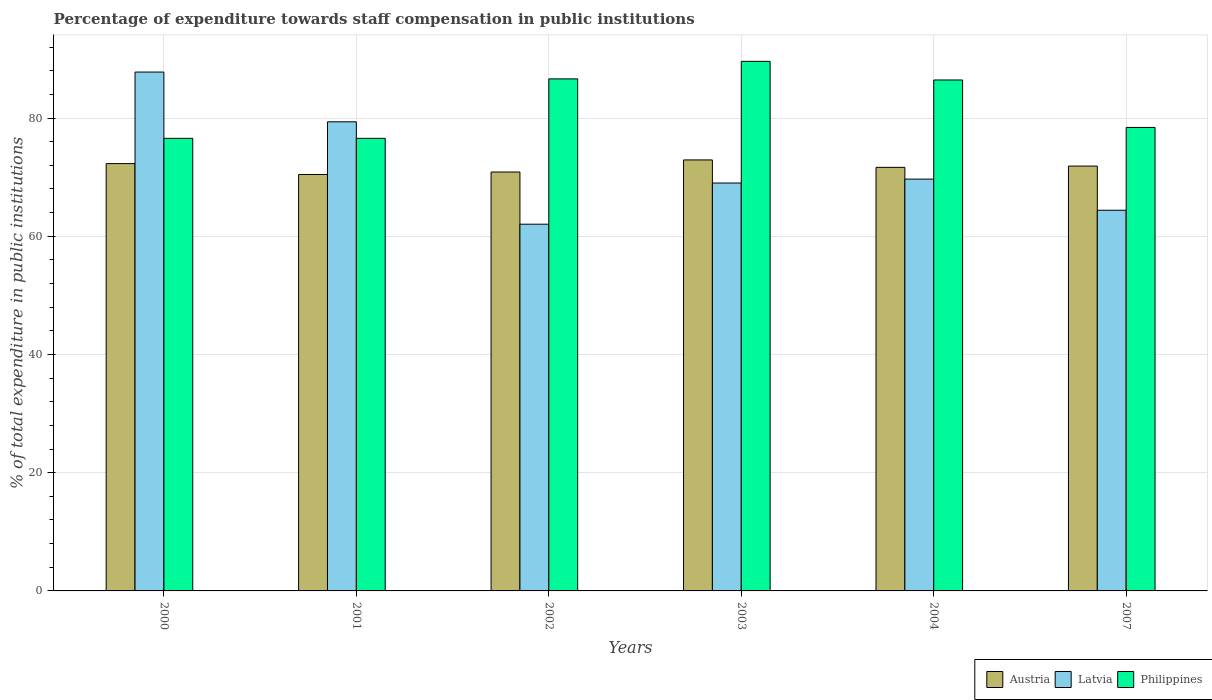
| Years | Austria | Latvia | Philippines |
 | --- | --- | --- | --- |
 | 2000 | 72.3 | 87.8 | 76.6 |
 | 2001 | 70.5 | 79.4 | 76.6 |
 | 2002 | 70.9 | 62 | 86.6 |
 | 2003 | 72.9 | 69 | 89.6 |
 | 2004 | 71.7 | 69.7 | 86.4 |
 | 2007 | 71.9 | 64.4 | 78.4 |